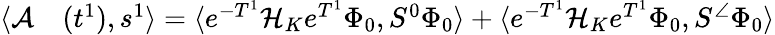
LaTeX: \begin{array}{rl}{\langle\mathcal{A}}&{{}(t^{1}),s^{1}\rangle=\langle e^{-T^{1}}\mathcal{H}_{K}e^{T^{1}}\Phi_{0},S^{0}\Phi_{0}\rangle+\langle e^{-T^{1}}\mathcal{H}_{K}e^{T^{1}}\Phi_{0},S^{\angle}\Phi_{0}\rangle}\end{array}